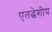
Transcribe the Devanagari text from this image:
एतद्धेशीय